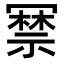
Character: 𭂃